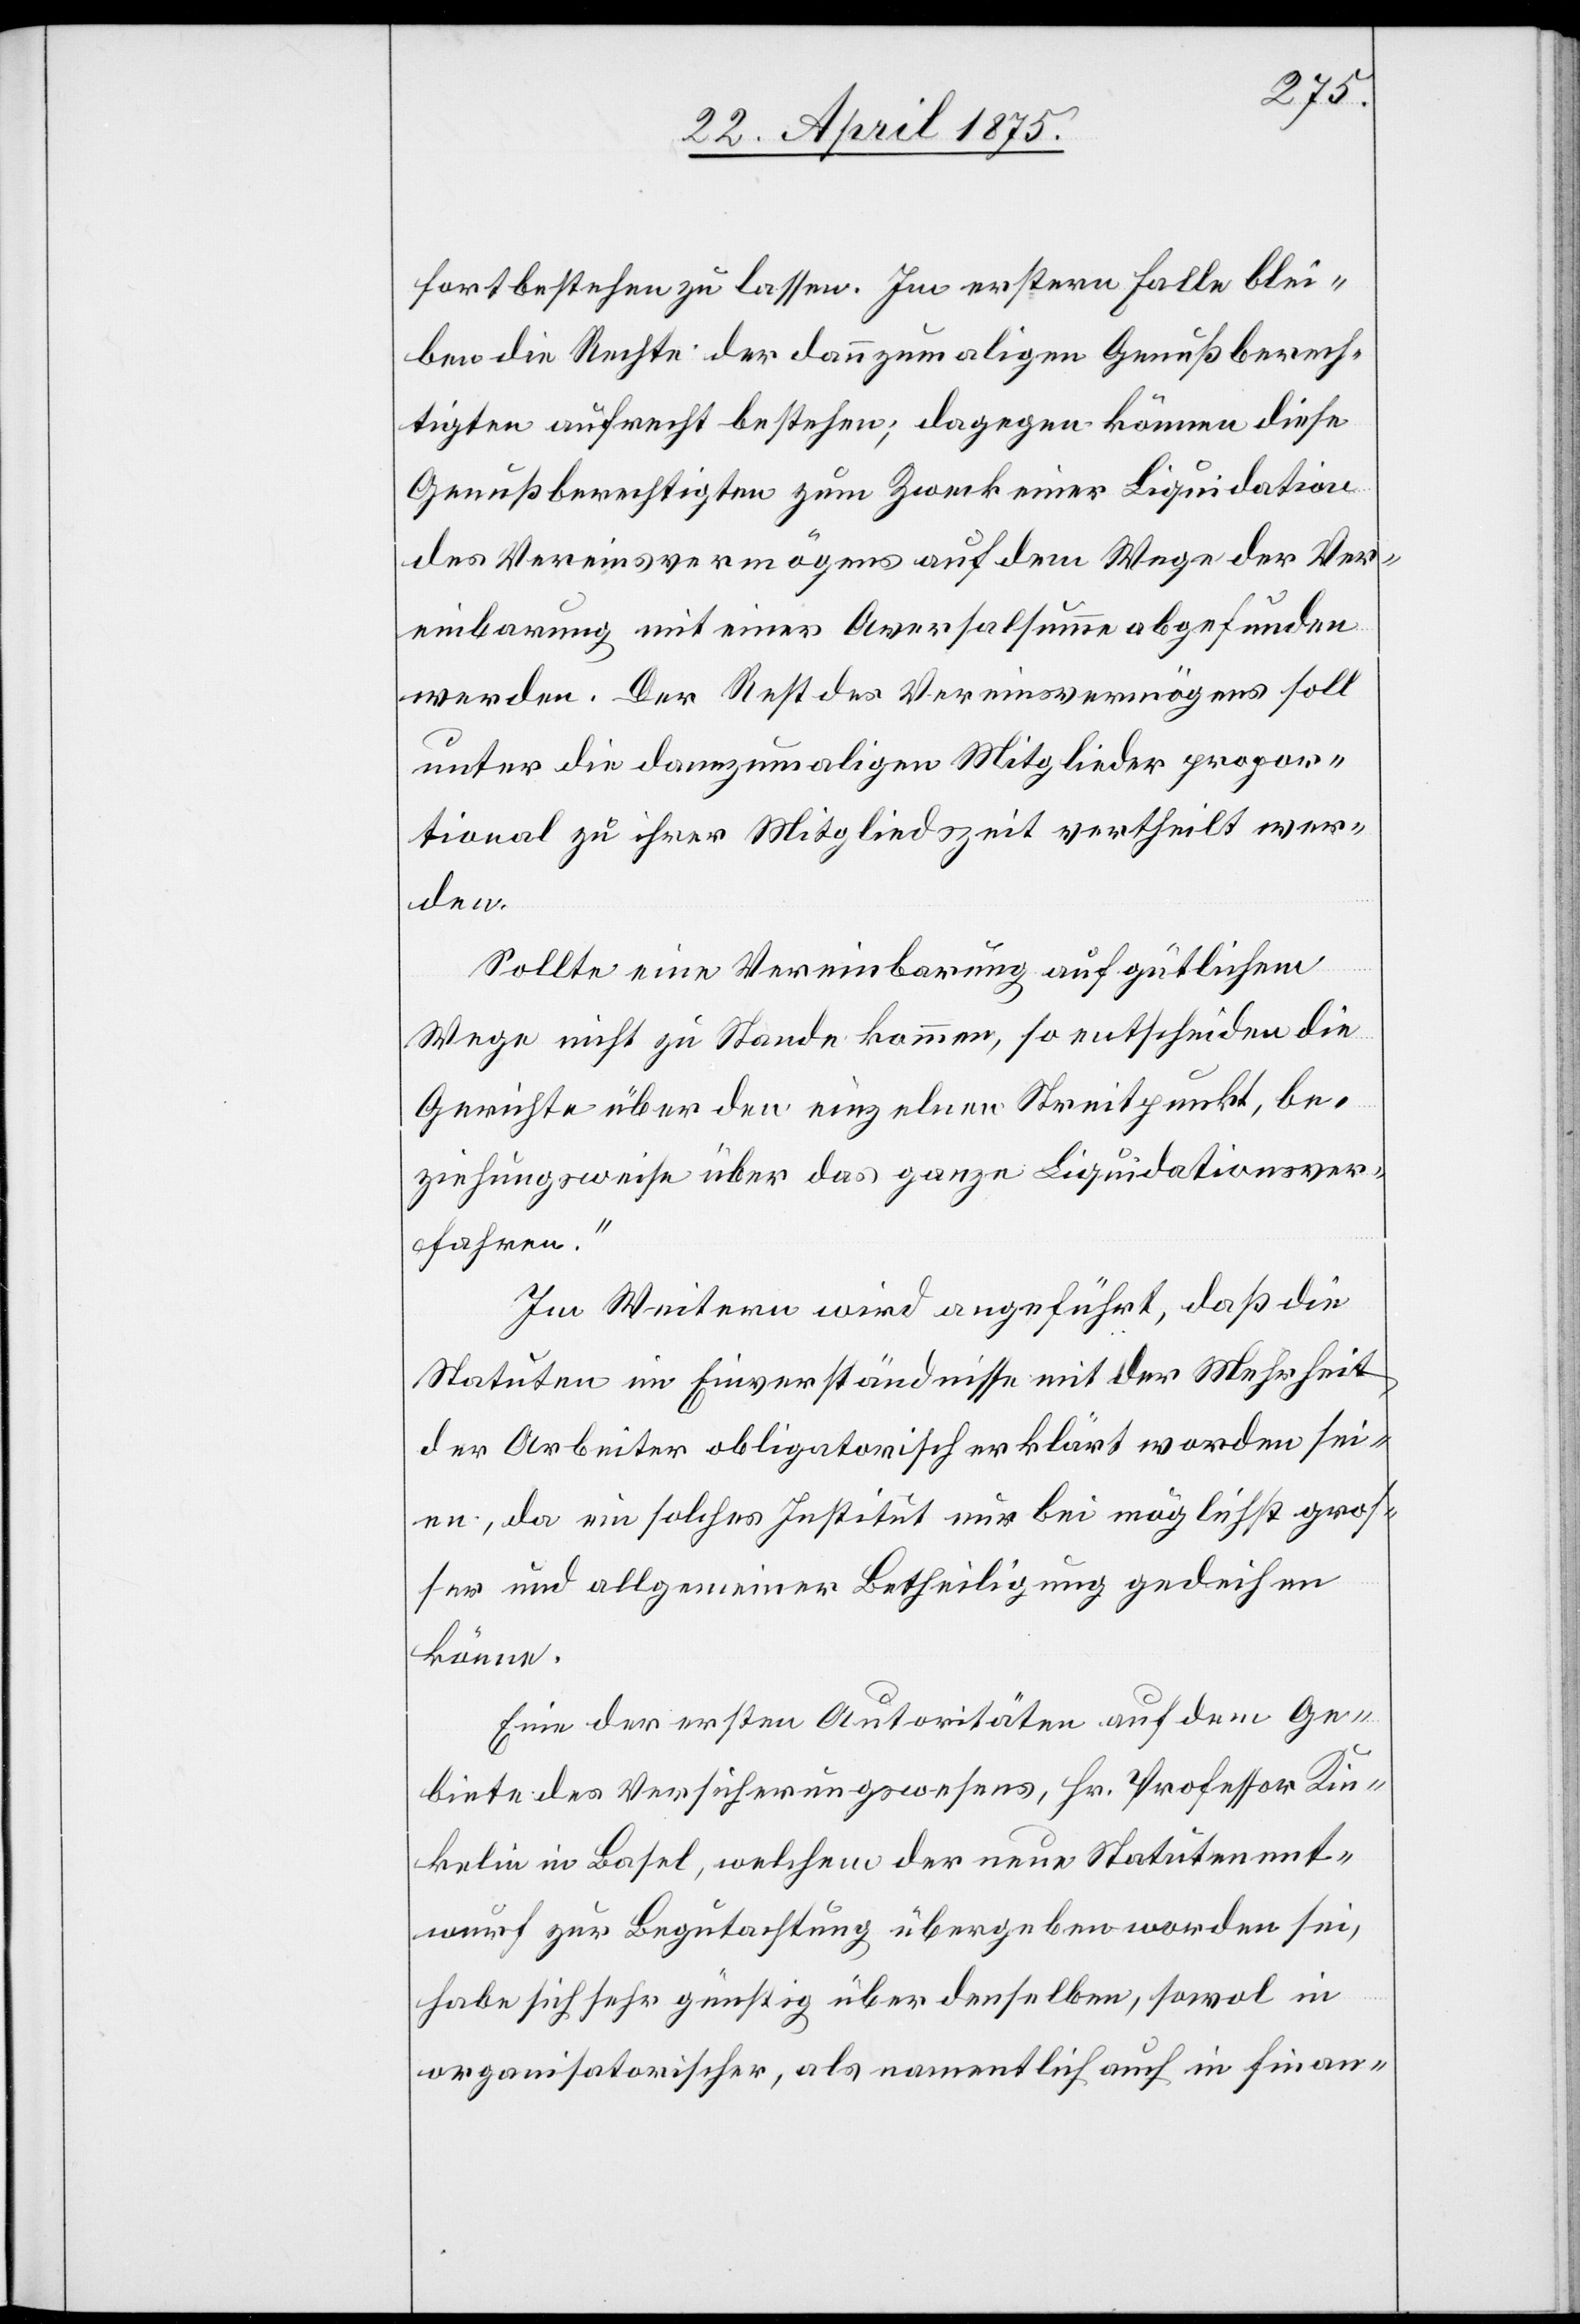
fortbestehen zu lassen. Im erstern Falle blei¬
ben die Rechte der dannzumaligen Genußberech¬
tigten aufrecht bestehen; dagegen können diese
Genußberechtigten zum Zweck einer Liquidation
des Vereinsvermögens auf dem Wege der Ver¬
einbarung mit einer Aversalsumme abgefunden
werden. Der Rest des Vereinsvermögens soll
unter die dannzumaligen Mitglieder propor¬
tional zu ihrer Mitgliedszeit vertheilt wer¬
den.
Sollte eine Vereinbarung auf gütlichem
Wege nicht zu Stande kommen, so entscheiden die
Gerichte über den einzelnen Streitpunkt, be¬
ziehungsweise über das ganze Liquidationsver¬
fahren.“
Im Weitern wird angeführt, daß die
Statuten im Einverständnisse mit der Mehrheit
der Arbeiter obligatorisch erklärt worden sei¬
en, da ein solches Institut nur bei möglichst gros¬
ser und allgemeiner Betheiligung gedeihen
könne.
Eine der ersten Autoritäten auf dem Ge¬
biete des Versicherungswesens, Hr. Professor Kin¬
kelin in Basel, welchem der neue Statutenent¬
wurf zur Begutachtung übergeben worden sei,
habe sich sehr günstig über denselben, sowol in
organisatorischer, als namentlich auch in finan-